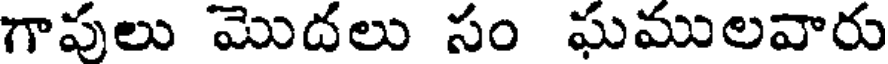
గాపులు మొదలు సం ఘములవారు